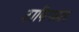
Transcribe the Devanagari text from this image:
टाकिपठार